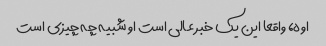
اوه، واقعا این یک خبر عالی است او شبیه چه چیزی است